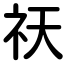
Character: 祆